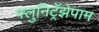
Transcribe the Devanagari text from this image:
फ्लुनिट्रॅझेपाम